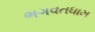
ભગવતધામ